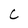
Character: C